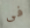
فى